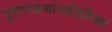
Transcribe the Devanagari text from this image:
पुराणकथांव्यतिरिक्त